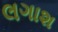
લગાશ